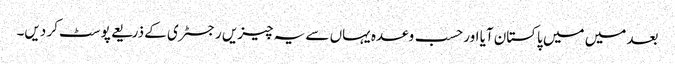
بعد میں میں پاکستان آیا اور حسب وعدہ یہاں سے یہ چیزیں رجسٹری کے ذریعے پوسٹ کر دیں۔